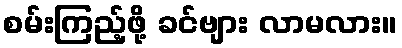
စမ်းကြည့်ဖို့ ခင်ဗျား လာမလား။